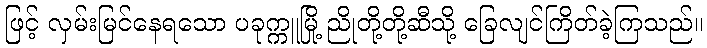
ဖြင့် လှမ်းမြင်နေရသော ပခုက္ကူမြို့ ညိုတို့တို့ဆီသို့ ခြေလျင်ကြိတ်ခဲ့ကြသည်။